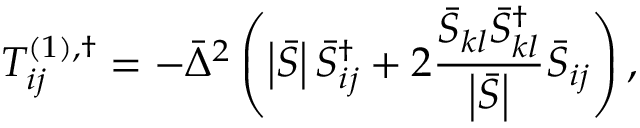
T _ { i j } ^ { \left( 1 \right) , \dag } = - { { \bar { \Delta } } ^ { 2 } } \left( { \left| { \bar { S } } \right| \bar { S } _ { i j } ^ { \dag } + 2 \frac { { { { \bar { S } } _ { k l } } \bar { S } _ { k l } ^ { \dag } } } { { \left| { \bar { S } } \right| } } { { \bar { S } } _ { i j } } } \right) ,